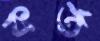
কর্ত